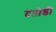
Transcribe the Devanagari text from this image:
दतोडी